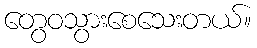
တွေဝသွားစေသေးတယ်။